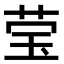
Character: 莹